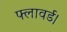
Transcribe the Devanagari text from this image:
फ्लावर्ड।